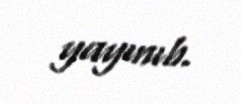
yayınıb.